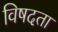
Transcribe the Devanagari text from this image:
विषदता